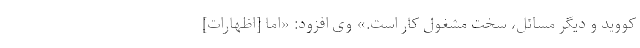
کووید و دیگر مسائل، سخت مشغول کار است.» وی افزود: «اما [اظهارات]